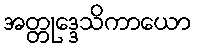
အတ္တုဒ္ဒေသိကာယော